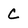
Character: C